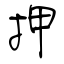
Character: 押